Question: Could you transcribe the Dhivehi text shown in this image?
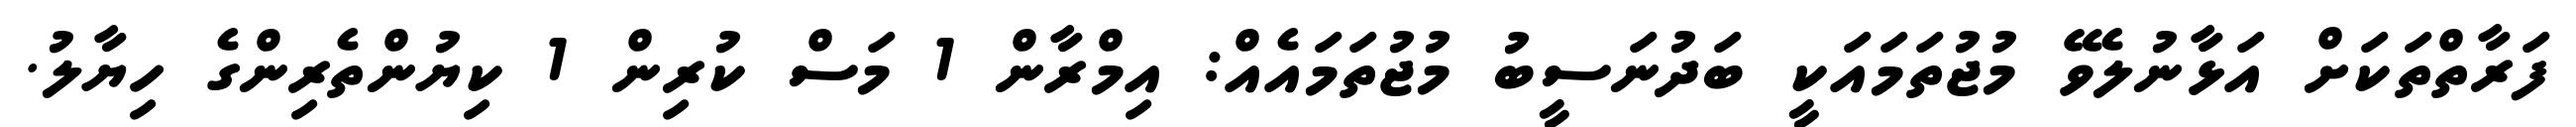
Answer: ފަރާތްތަކަށް އަޅާނުލެވޭ މުޖުތަމައަކީ ބަދުނަސީބު މުޖުތަމައެއް: އިމްރާން 1 މަސް ކުރިން 1 ކިޔުންތެރިންގެ ހިޔާލު.